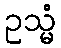
ဥသ္မံ